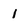
Character: 1